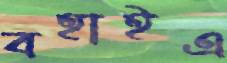
বহাইএ